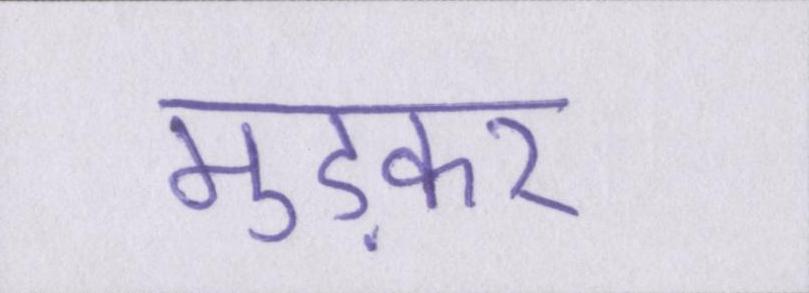
मुड़कर